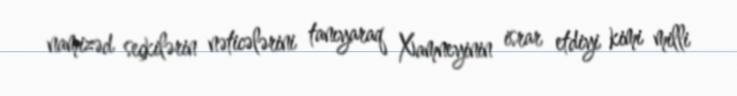
namizəd seçkilərin nəticələrini tanıyaraq Xamneyinin israr etdiyi kimi milli